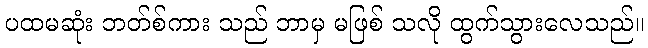
ပထမဆုံး ဘတ်စ်ကား သည် ဘာမှ မဖြစ် သလို ထွက်သွားလေသည်။